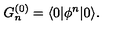
G _ { n } ^ { ( 0 ) } = \langle 0 | \phi ^ { n } | 0 \rangle .